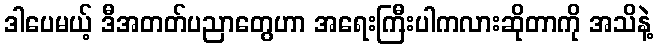
ဒါပေမယ့် ဒီအတတ်ပညာတွေဟာ အရေးကြီးပါကလားဆိုတာကို အသိနဲ့